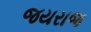
જયરાજ